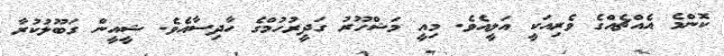
ކޮންމެ އެއްޗެއްގެ ވެރިއަކީ އަލީއެވެ. މިއީ މަޝްހޫރު ގަދީރުހުމްގެ ހާދިސާއެވެ. ޝީއީން ގަބޫލުކުރާ